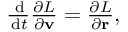
\begin{array} { r } { \frac { \, \mathrm { d } } { \, \mathrm { d } t } \frac { \partial L } { \partial \mathbf v } = \frac { \partial L } { \partial \mathbf r } , } \end{array}